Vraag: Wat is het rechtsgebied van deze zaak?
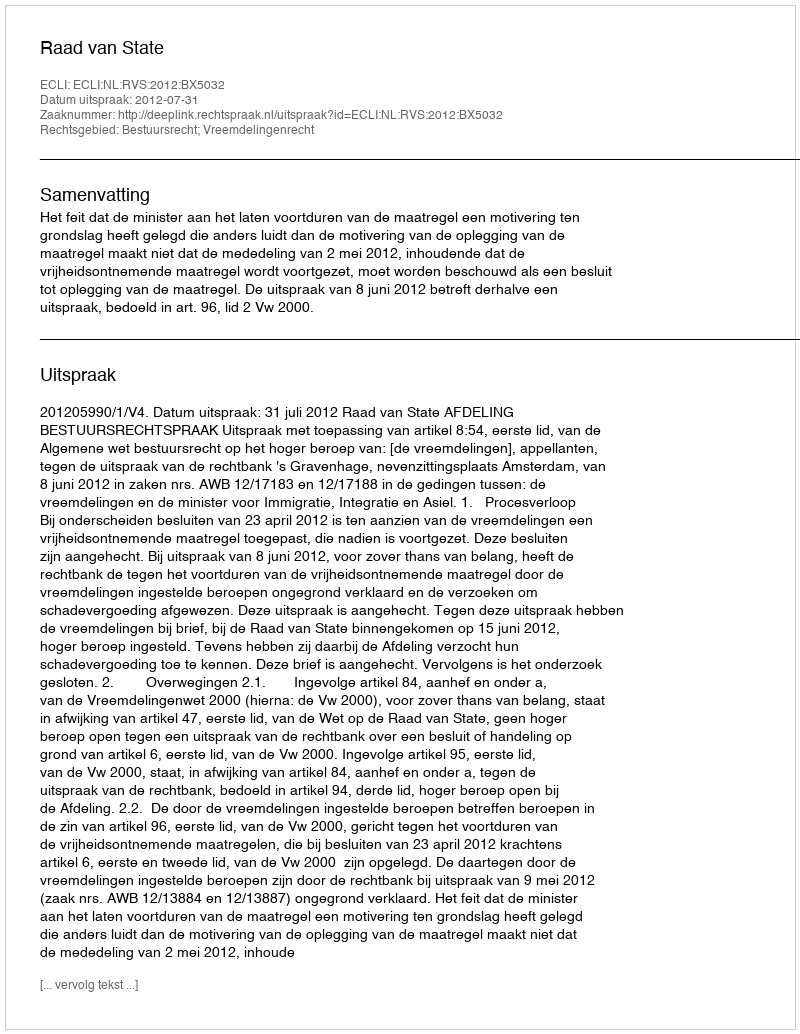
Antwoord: Bestuursrecht; Vreemdelingenrecht